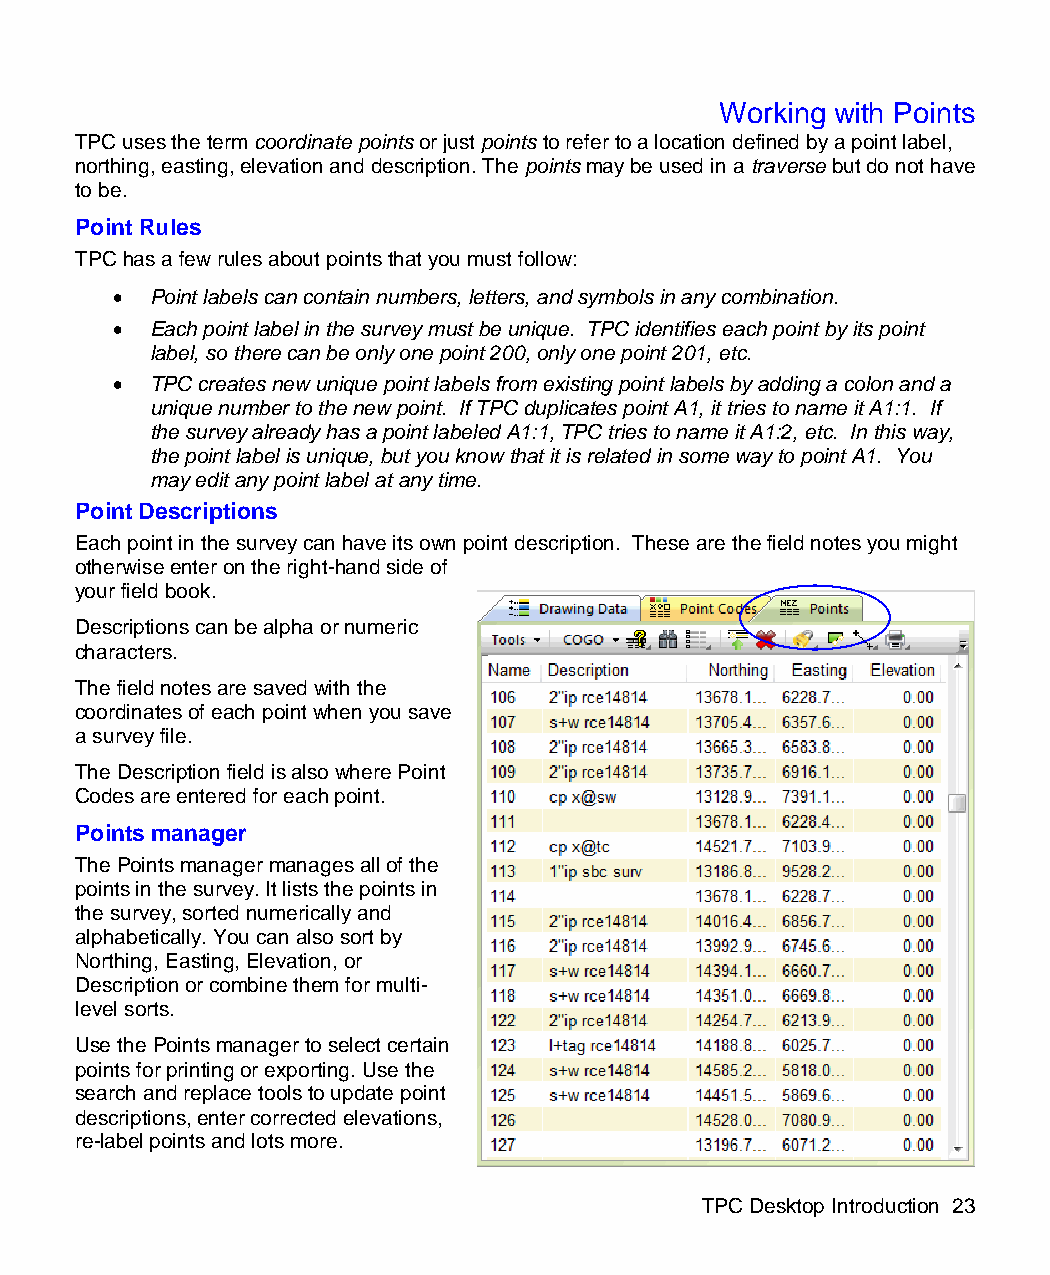
Working with Points
 TPC uses the term coordinate points or just points to refer to a location defined by a point label,
 northing, easting, elevation and description. The points may be used in a traverse but do not have
 to be.
 Point Rules
 TPC has a few rules about points that you must follow:
   Point labels can contain numbers, letters, and symbols in any combination.
   Each point label in the survey must be unique. TPC identifies each point by its point
 label, so there can be only one point 200, only one point 201, etc.
   TPC creates new unique point labels from existing point labels by adding a colon and a
 unique number to the new point. If TPC duplicates point A1, it tries to name it A1:1. If
 the survey already has a point labeled A1:1, TPC tries to name it A1:2, etc. In this way,
 the point label is unique, but you know that it is related in some way to point A1. You
 may edit any point label at any time.
 Point Descriptions
 Each point in the survey can have its own point description. These are the field notes you might
 otherwise enter on the right-hand side of
 your field book.
 Descriptions can be alpha or numeric
 characters.
 The field notes are saved with the
 coordinates of each point when you save
 a survey file.
 The Description field is also where Point
 Codes are entered for each point.
 Points manager
 The Points manager manages all of the
 points in the survey. It lists the points in
 the survey, sorted numerically and
 alphabetically. You can also sort by
 Northing, Easting, Elevation, or
 Description or combine them for multi-
 level sorts.
 Use the Points manager to select certain
 points for printing or exporting. Use the
 search and replace tools to update point
 descriptions, enter corrected elevations,
 re-label points and lots more.
 TPC Desktop Introduction 23